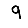
Digit: 9